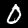
Label: 0